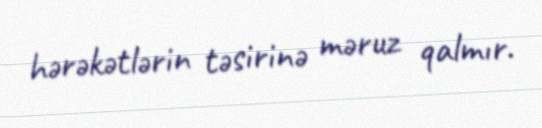
hərəkətlərin təsirinə məruz qalmır.